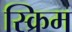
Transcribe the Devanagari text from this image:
स्क्रिम